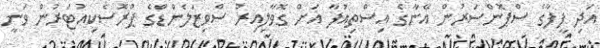
އަދި ފީފާގެ ސްޕޮންސަރުން އޭނާގެ އިސްތިއުފާ އަށް ގޮވާލިއިރު ސްވިޒަލެންޑްގެ ޕްރޮސެކިއުޓަރުން ވަނީ